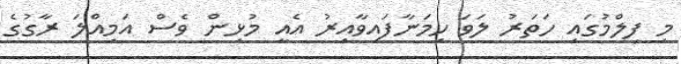
މި ފިލްމުގައި ހަތަރު ލަވަ ހިމަނާފައިވާއިރު އެއީ މުޅިން ވެސް އަމިއްލަ ރާގުގެ